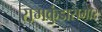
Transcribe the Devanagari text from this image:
रामकुंडासमोर